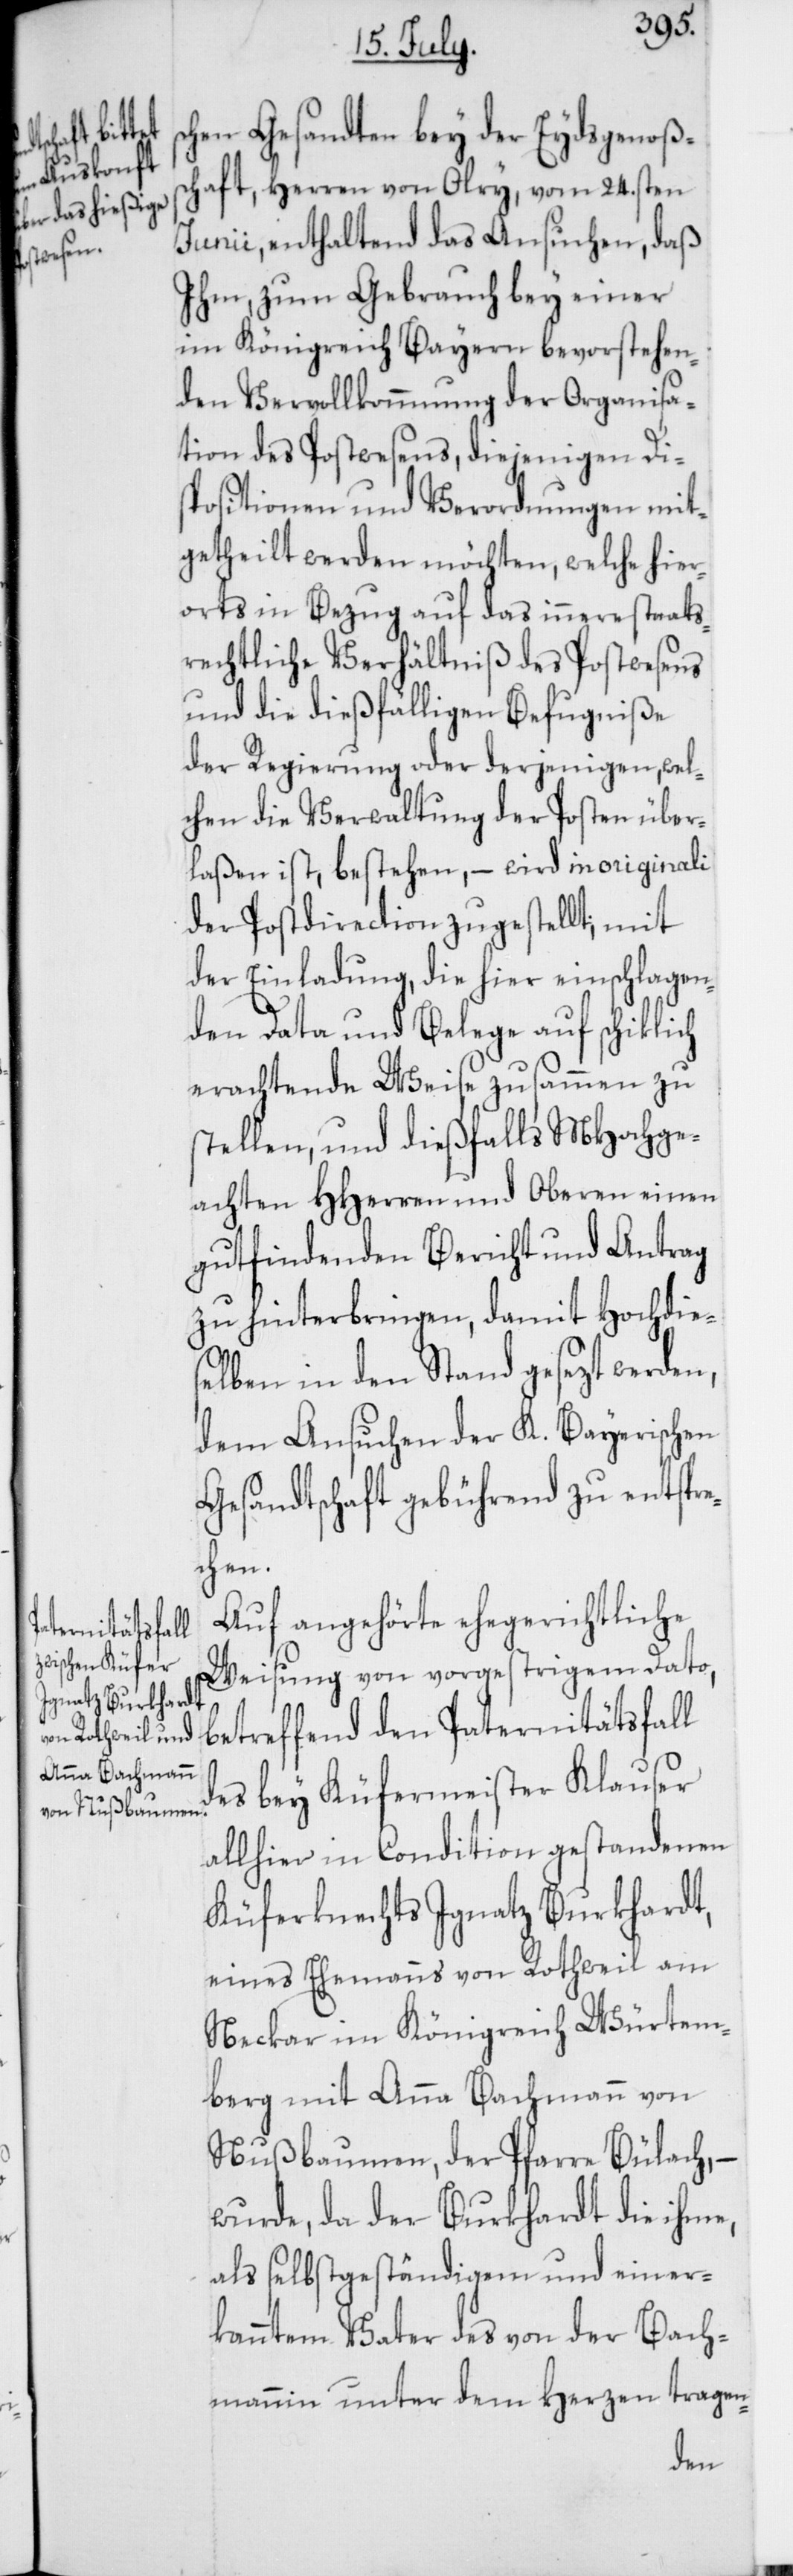
schen Gesandten bey der Eydsgenoßen¬
schaft, Herren von Olry, vom 24sten
Junii, enthaltend das Ansuchen, daß
Ihm zum Gebrauch bey einer
im Königreich Bayern bevorstehen¬
den Vervollkommnung der Organisa¬
tion des Postwesens, diejenigen Dis¬
positionen und Verordnungen mit¬
getheilt werden möchten, welche hier¬
orts in Bezug auf das innere staats¬
rechtliche Verhältniß des Postwesens
und die dießfälligen Befugniße
der Regierung oder derjenigen, wel¬
chen die Verwaltung der Posten über¬
laßen ist, bestehen, – wird in originali
der Postdirection zugestellt; mit
der Einladung, die hier einschlagen¬
den Data und Belege auf schiklich
erachtende Weise zusammen zu
stellen, und dießfalls MHochge¬
achten HHerren und Oberen einen
gutfindenden Bericht und Antrag
zu hinterbringen, damit Hochdie¬
selben in den Stand gesezt werden,
dem Ansuchen der K. Bayerischen
Gesandtschaft gebührend zu entspre¬
chen.
Auf angehörte ehegerichtliche
Weisung von vorgestrigem Dato,
betreffend den Paternitätsfall
des bey Küfermeister Klauser
allhier in Condition gestandenen
Küferknechts Ignatz Burkhardt,
eines Ehemanns von Rothweil am
Neckar im Königreich Würtem¬
berg, mit Anna Bachmann von
Nußbaumen, der Pfarre Bülach, –
wurde, da der Burkhardt die ihme,
als selbständigem und einer¬
kanntem Vater des von der Bach¬
mannin unter dem Herzen tragen-